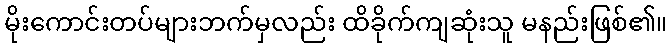
မိုးကောင်းတပ်များဘက်မှလည်း ထိခိုက်ကျဆုံးသူ မနည်းဖြစ်၏။